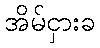
အိမ်ငှားခ